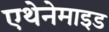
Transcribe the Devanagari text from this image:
एथेनेमाइड